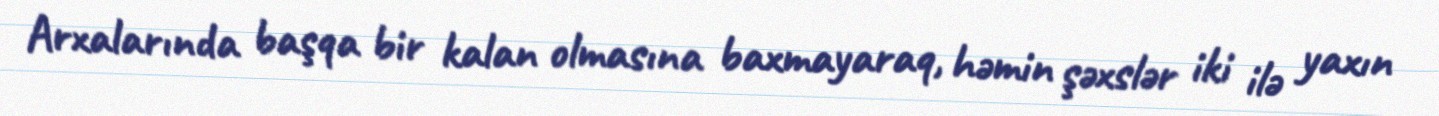
Arxalarında başqa bir kalan olmasına baxmayaraq, həmin şəxslər iki ilə yaxın